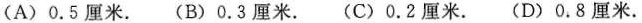
(A)0.5厘米。(B)0.3厘米。(C)0.2厘米。(D)0.8厘米。